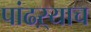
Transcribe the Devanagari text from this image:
पांढऱ्याच